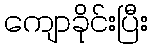
ကျောခိုင်းပြီး